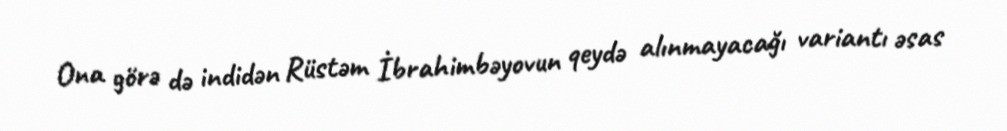
Ona görə də indidən Rüstəm İbrahimbəyovun qeydə alınmayacağı variantı əsas